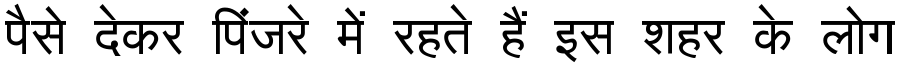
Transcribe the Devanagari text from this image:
पैसे देकर पिंजरे में रहते हैं इस शहर के लोग